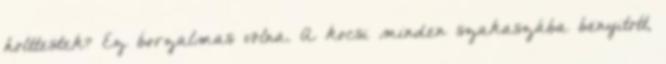
holttestek? Ez borzalmas volna. A kocsi minden szakaszába benyitott,